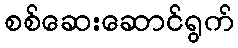
စစ်ဆေးဆောင်ရွက်